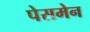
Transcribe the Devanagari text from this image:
पेसमेन